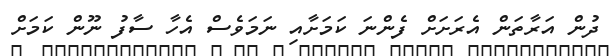
ދުން އަރާތަން އެރަށަށް ފެންނަ ކަމަށާއި ނަމަވެސް އެހާ ސާފު ނޫން ކަމަށް